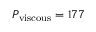
P _ { \mathrm { { v i s c o u s } } } = 1 7 7